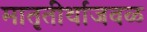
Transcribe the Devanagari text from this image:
मातृतीर्थाजवळ